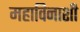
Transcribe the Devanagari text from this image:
महाविनाशी